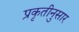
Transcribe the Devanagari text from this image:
प्रकृतीनुसार